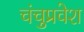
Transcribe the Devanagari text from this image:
चंचुप्रवेश